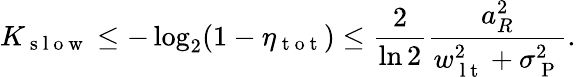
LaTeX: K_{\mathrm{~s~l~o~w~}}\leq-\log_{2}(1-\eta_{\mathrm{~t~o~t~}})\leq\frac{2}{\ln 2}\frac{a_{R}^{2}}{w_{\mathrm{~l~t~}}^{2}+\sigma_{\mathrm{~P~}}^{2}}.